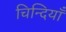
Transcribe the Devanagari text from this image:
चिन्दियाँ